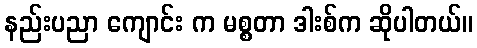
နည်းပညာ ကျောင်း က မစ္စတာ ဒါးစ်က ဆိုပါတယ်။